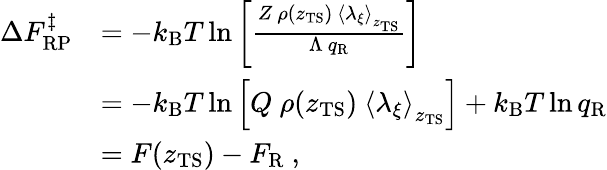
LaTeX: \begin{array}{rl}{\Delta F_{\mathrm{RP}}^{\ddagger}}&{=-k_{\mathrm{B}}T\ln\left[\frac{Z\ \rho(z_{\mathrm{TS}})\ \left<\lambda_{\xi}\right>_{z_{\mathrm{TS}}}}{\Lambda\ q_{\mathrm{R}}}\right]}\\ &{=-k_{\mathrm{B}}T\ln\left[Q\ \rho(z_{\mathrm{TS}})\ \left<\lambda_{\xi}\right>_{z_{\mathrm{TS}}}\right]+k_{\mathrm{B}}T\ln q_{\mathrm{R}}}\\ &{=F(z_{\mathrm{TS}})-F_{\mathrm{R}}\ ,}\end{array}